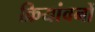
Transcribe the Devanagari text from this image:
क्रियांवनों